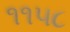
૧૧૫૮